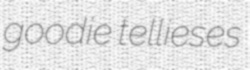
goodie tellieses